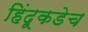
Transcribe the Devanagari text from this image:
हिंदूकडेच